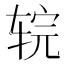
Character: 𰺇